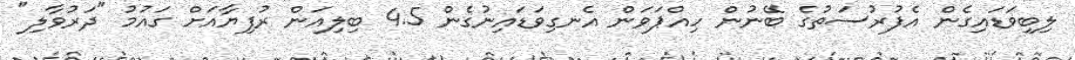
ލިބިވަޑައިގެން އެފުރުސަތުގެ ބޭނުން ހިއްޕަވަން އެނގިވަޑައިނުގެން 4.5 ބިލިއަން ރުފިޔާއަށް ގައުމު "ދަރުވާލި"